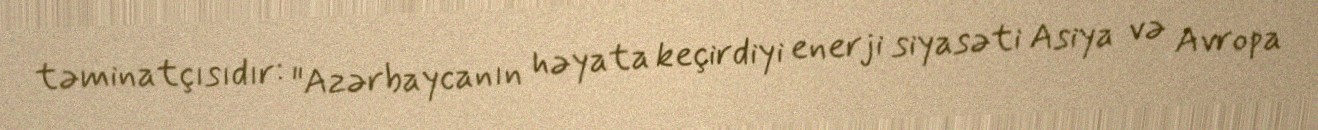
təminatçısıdır: "Azərbaycanın həyata keçirdiyi enerji siyasəti Asiya və Avropa